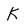
Character: K